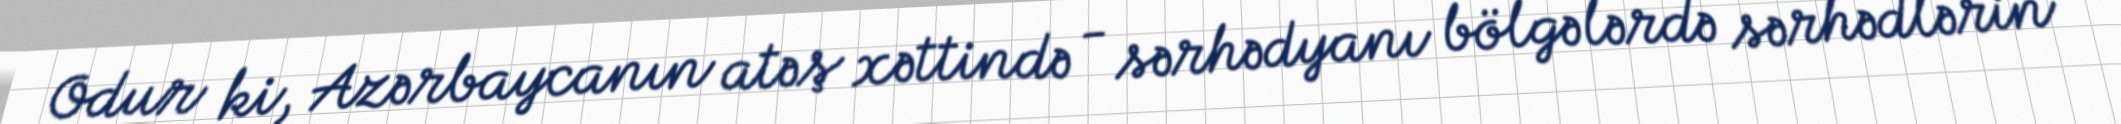
Odur ki, Azərbaycanın atəş xəttində - sərhədyanı bölgələrdə sərhədlərin